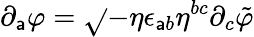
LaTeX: \partial_{\mathsf{a}}\varphi=\sqrt{}{{-\eta}}\epsilon_{\mathsf{a}b}\eta^{bc}\partial_{c}\tilde{{\varphi}}